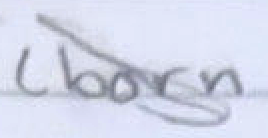
Text: (born
Cross-out: diagonal
Writing tool: pencil